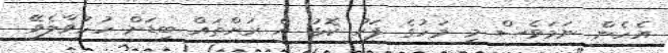
އެހެން ނަމަވެސް މި މަހުގެ ފަހު ކޮޅު އެ ރަށްތައް ބިޑަށް ހުޅުވާލެވޭ